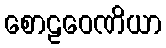
စောဠဝေဏိယာ